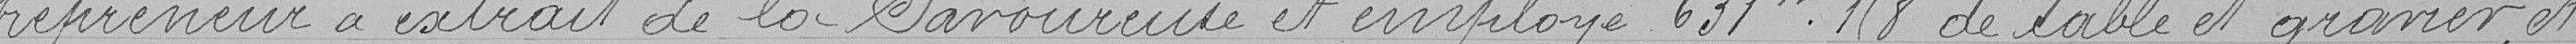
-trepreneur a extrait de la Savoureuse et employé 631.198 mètre cube de sable et gravier, et